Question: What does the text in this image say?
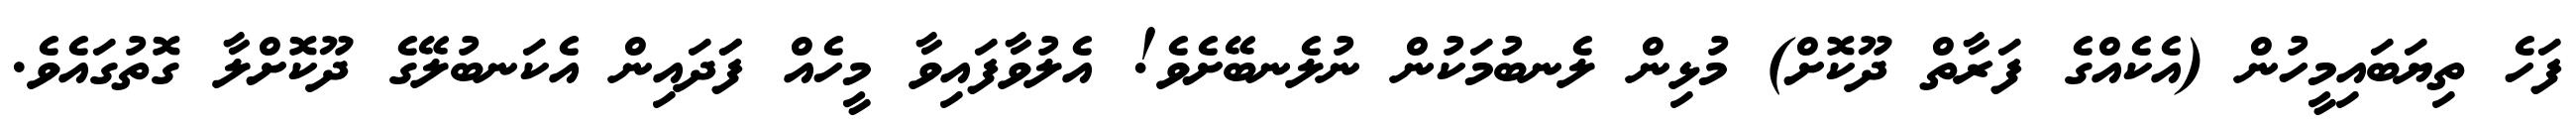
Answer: ފަހެ ތިޔަބައިމީހުން (އެކެއްގެ ފަރާތް ދޫކޮށް) މުޅިން ލެނބުމަކުން ނުލެނބޭށެވެ! އެލުވާފައިވާ މީހެއް ފަަދައިން އެކަނބުލޭގެ ދޫކޮށްލާ ގޮތުގައެވެ.